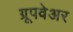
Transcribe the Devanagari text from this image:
ग्रूपवेअर